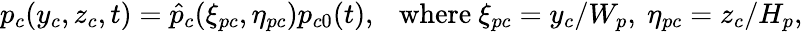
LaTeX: p_{c}(y_{c},z_{c},t)=\hat{p}_{c}(\xi_{pc},\eta_{pc})p_{c0}(t),\mathrm{~~~where~}\xi_{pc}=y_{c}/W_{p},~\eta_{pc}=z_{c}/H_{p},